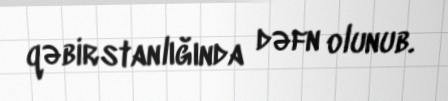
qəbirstanlığında dəfn olunub.